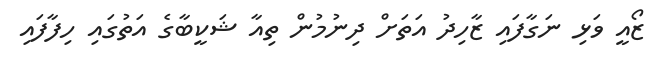
ޒޯއީ ވަޅި ނަގާފައި ޒާހިދު އަތަށް ދިނުމުން ތިއާ ޝަކީބާގެ އަތުގައި ހިފާފައި